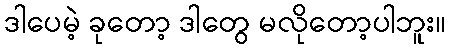
ဒါပေမဲ့ ခုတော့ ဒါတွေ မလိုတော့ပါဘူး။